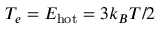
T _ { e } = E _ { \mathrm { h o t } } = 3 k _ { B } T / 2